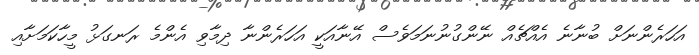
އަހަރެންނަށް ބުނާނެ އެއްޗެއް ނޭންގުނުނަމަވެސް އޭނާއަކީ އަހަރެންނާ ދިމާވި އެންމެ ރަނގަޅު މީހާކަމަށާއި